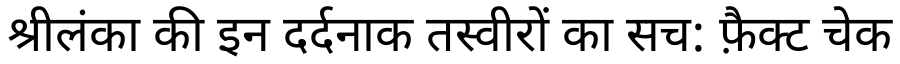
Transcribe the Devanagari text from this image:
श्रीलंका की इन दर्दनाक तस्वीरों का सच: फ़ैक्ट चेक